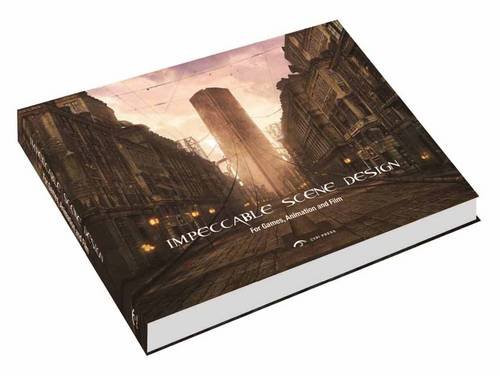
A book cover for Impeccable Scene Design: For Game, Animation and Film; Weiye Yin; Computers & Technology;